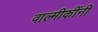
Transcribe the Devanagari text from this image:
वाल्मीकींनी